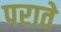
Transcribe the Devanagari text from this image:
पराते